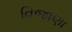
વિજાણા